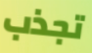
تجذب